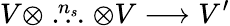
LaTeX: V\otimes\stackrel{n_{s}}{\ldots}\otimes V\longrightarrow V^{\prime}